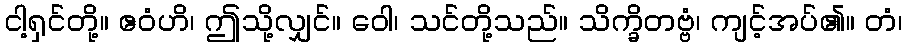
ငါ့ရှင်တို့။ ဧဝံဟိ၊ ဤသို့လျှင်။ ဝေါ၊ သင်တို့သည်။ သိက္ခိတဗ္ဗံ၊ ကျင့်အပ်၏။ တံ၊